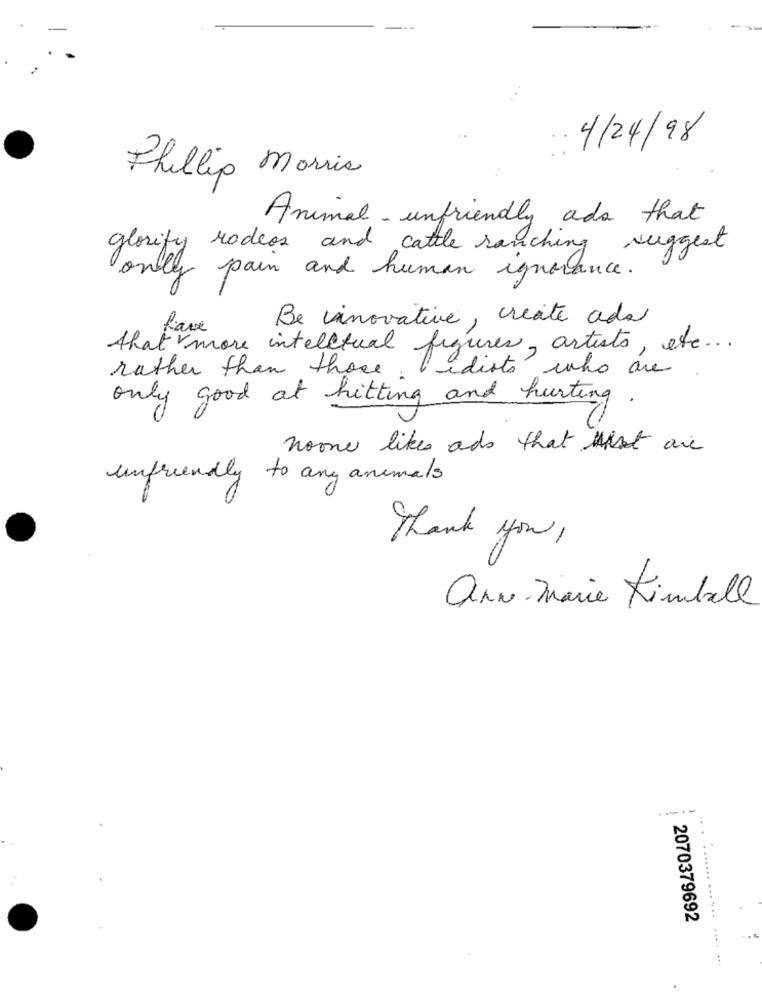
.4/24/98
Phillip morris
Animal-unfriendly ads that
glorify rodeos and cattle ranching suggest
only pain and human ignorance.
Be inovative, create ada
have
thatmore intelectual figures, artists, etc ...
rather than those
idiots who are
only good at hitting and hurting.
noone likes ads that ware
unfriendly to any animals
Thank you,
ann- Marie Kimball
----
2070379692